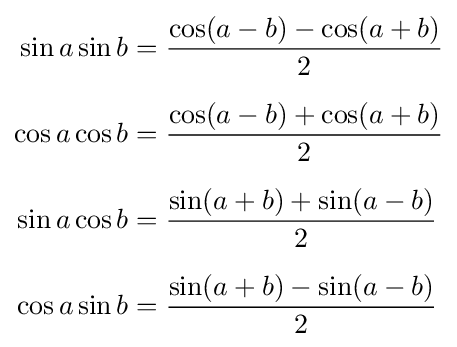
{\begin{aligned}\sin a\sin b&={\frac {\cos(a-b)-\cos(a+b)}{2}}\\[6pt]\cos a\cos b&={\frac {\cos(a-b)+\cos(a+b)}{2}}\\[6pt]\sin a\cos b&={\frac {\sin(a+b)+\sin(a-b)}{2}}\\[6pt]\cos a\sin b&={\frac {\sin(a+b)-\sin(a-b)}{2}}\end{aligned}}